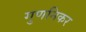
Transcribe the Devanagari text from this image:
गुणनिकर